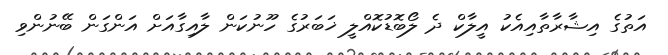
އަތުގެ އިޝާރާތާއިއެކު އީލާކް ދެ ލޯބޮޑުކޮއްލީ ޚަބަރުގެ ހޫނުކަން ލާއިގާއަށް އަންގަން ބޭނުންވި